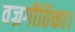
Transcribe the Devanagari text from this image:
वज्रगीतिका।